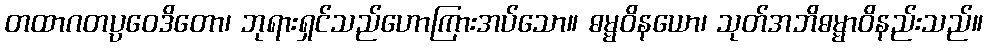
တထာဂတပ္ပဝေဒိတော၊ ဘုရားရှင်သည်ဟောကြားအပ်သော။ ဓမ္မဝိနယော၊ သုတ်အဘိဓမ္မာဝိနည်းသည်။